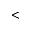
<